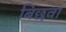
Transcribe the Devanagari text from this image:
बिछवा